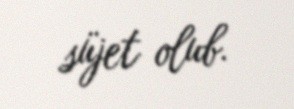
süjet olub.